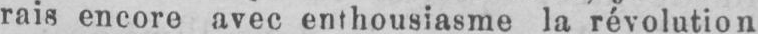
rais encore avec enthousiasme la révolution